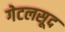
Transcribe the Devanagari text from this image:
गेटलसूद